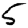
Digit: 5